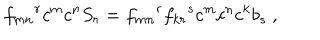
{ f _ { m n } } ^ { r } c ^ { m } c ^ { n } S _ { r } = { f _ { m n } } ^ { r } { f _ { k r } } ^ { s } c ^ { m } c ^ { n } c ^ { k } b _ { s } ~ ,